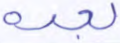
بعده